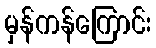
မှန်ကန်ကြောင်း